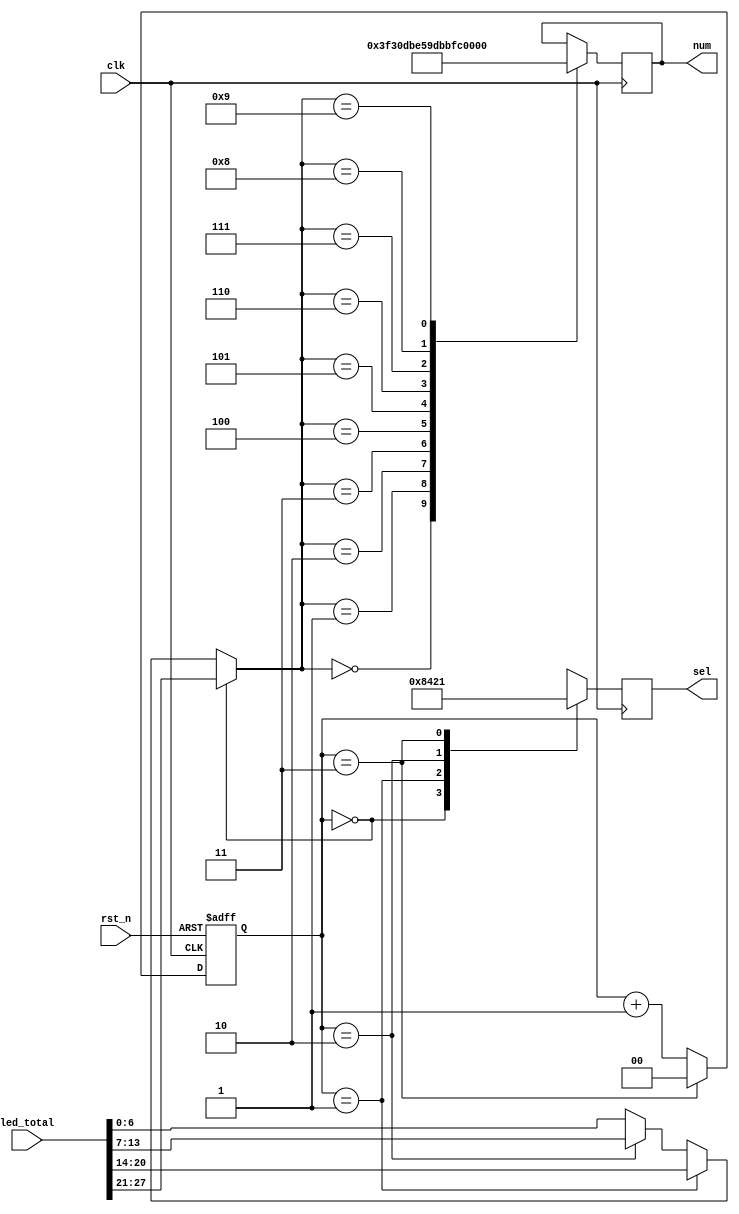
module show_num(led_total,clk,num,sel,rst_n);
input[27:0]led_total;
input clk,rst_n;
output reg[6:0]num;
output reg[3:0]sel;
wire[6:0]temp1,temp2,temp3,temp4;
reg [6:0]temp;
reg[1:0]cnt;
always @(posedge clk or negedge rst_n)
begin
     if(!rst_n)begin cnt<=0;end
     else begin
					if(cnt==2'd3)begin cnt<=0; end
               else begin cnt<=cnt+1;end
           end
end

assign      temp1=led_total[27:21];
assign      temp2=led_total[20:14];
assign      temp3=led_total[13:7];
assign      temp4=led_total[6:0];

always@(posedge clk)
begin
     case(cnt)
     2'b00:sel<=4'b1000;
     2'b01:sel<=4'b0100;
     2'b10:sel<=4'b0010;
     2'b11:sel<=4'b0001;
     endcase
end
always@(posedge clk)
begin
       if(cnt==2'b00)begin temp=temp1;end
      else
          begin
               if(cnt==2'b01)begin temp=temp2;end
               else begin
                         if(cnt==2'b10)begin temp=temp3;end
                         else begin temp=temp4;end
                     end
           end

      case(temp)
      7'd0:num<=7'b1111110;
      7'd1:num<=7'b0110000;
      7'd2:num<=7'b1101101;
      7'd3:num<=7'b1111001;
      7'd4:num<=7'b0110011;
      7'd5:num<=7'b1011011;
      7'd6:num<=7'b1011111;
      7'd7:num<=7'b1110000;
      7'd8:num<=7'b1111111;
      7'd9:num<=7'b1111011;
      endcase
end
endmodule